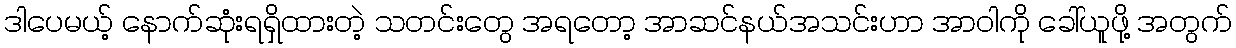
ဒါပေမယ့် နောက်ဆုံးရရှိထားတဲ့ သတင်းတွေ အရတော့ အာဆင်နယ်အသင်းဟာ အာဝါကို ခေါ်ယူဖို့ အတွက်